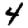
Digit: 4